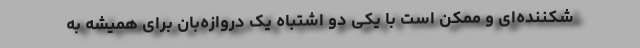
شکننده‌ای و ممکن است با یکی دو اشتباه یک دروازه‌بان برای همیشه به